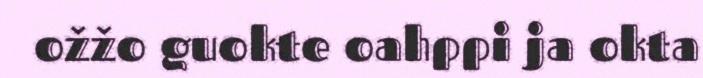
ožžo guokte oahppi ja okta